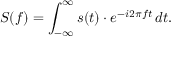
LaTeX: S ( f ) = \int _ { - \infty } ^ { \infty } s ( t ) \cdot e ^ { - i 2 \pi f t } \, d t .